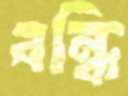
বন্ধি